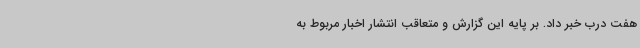
هفت درب خبر داد. بر پایه این گزارش و متعاقب انتشار اخبار مربوط به